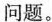
问题。